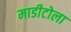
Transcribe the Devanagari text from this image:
माडीटोला